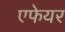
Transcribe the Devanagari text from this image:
एफेयर